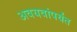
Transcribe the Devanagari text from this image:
अवयवांपर्यंत